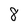
Character: 8